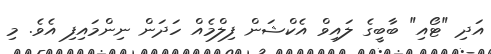
އަދި "ޓޯއި" ބާބީގެ ލައިވް އެެކްޝަން ފިލްމެއް ހަދަން ނިންމައިފި އެވެ. މި